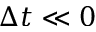
\Delta t \ll 0